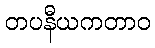
တပနီယကတာဝ